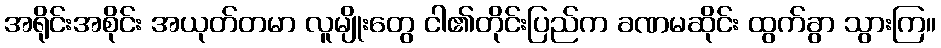
အရိုင်းအစိုင်း အယုတ်တမာ လူမျိုးတွေ ငါ၏တိုင်းပြည်က ခဏမဆိုင်း ထွက်ခွာ သွားကြ။